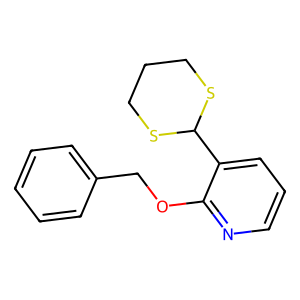
SMILES: c1ccc(COc2ncccc2C2SCCCS2)cc1
Inhibits HIV replication: No